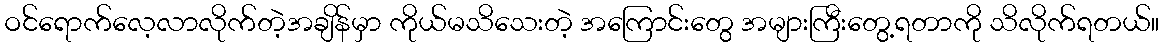
ဝင်ရောက်လေ့လာလိုက်တဲ့အချိန်မှာ ကိုယ်မသိသေးတဲ့ အကြောင်းတွေ အများကြီးတွေ့ရတာကို သိလိုက်ရတယ်။